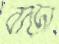
বাড়া